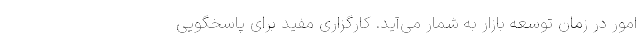
امور در زمان توسعه بازار به شمار می‌آید. کارگزاری مفید برای پاسخگویی